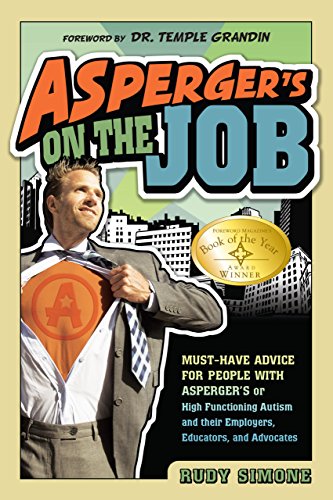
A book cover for Asperger's on the Job: Must-Have Advice for People with Asperger's or High Functioning Autism and their Employers, Educators, and Advocates; Rudy Simone; Health, Fitness & Dieting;